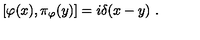
[ \varphi ( x ) , \pi _ { \varphi } ( y ) ] = i \delta ( x - y ) \ .